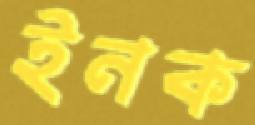
ইনক